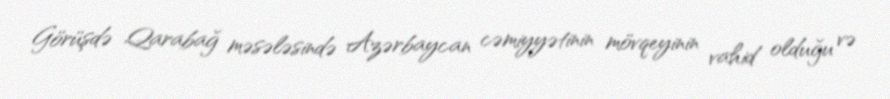
Görüşdə Qarabağ məsələsində Azərbaycan cəmiyyətinin mövqeyinin vahid olduğu və